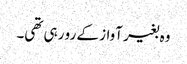
وہ بغیر آواز کے رو رہی تھی۔